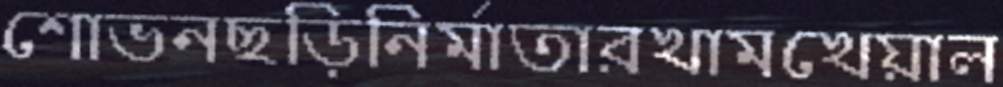
শোভনছড়িনির্মাতারখামখেয়াল